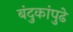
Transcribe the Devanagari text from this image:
बंदुकांपुढे